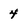
Character: 4